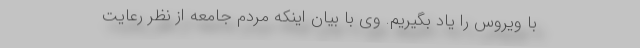
با ویروس را یاد بگیریم. وی با بیان اینکه مردم جامعه از نظر رعایت